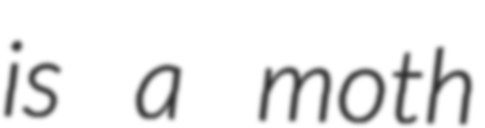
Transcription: is a moth